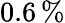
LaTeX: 0.6\, \%